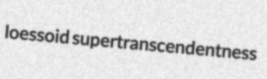
loessoid supertranscendentness